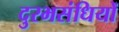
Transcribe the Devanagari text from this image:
दुरभसंधियों